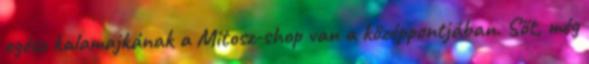
egész kalamajkának a Mitosz-shop van a középpontjában. Sőt, még